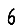
Digit: 6